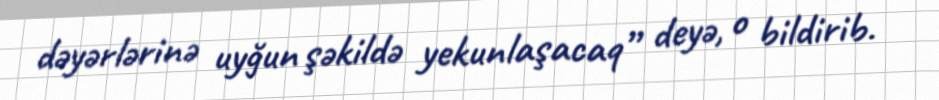
dəyərlərinə uyğun şəkildə yekunlaşacaq” deyə, o bildirib.